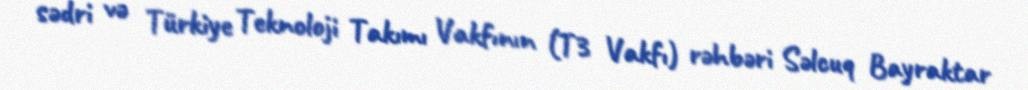
sədri və Türkiye Teknoloji Takımı Vakfının (T3 Vakfı) rəhbəri Səlcuq Bayraktar